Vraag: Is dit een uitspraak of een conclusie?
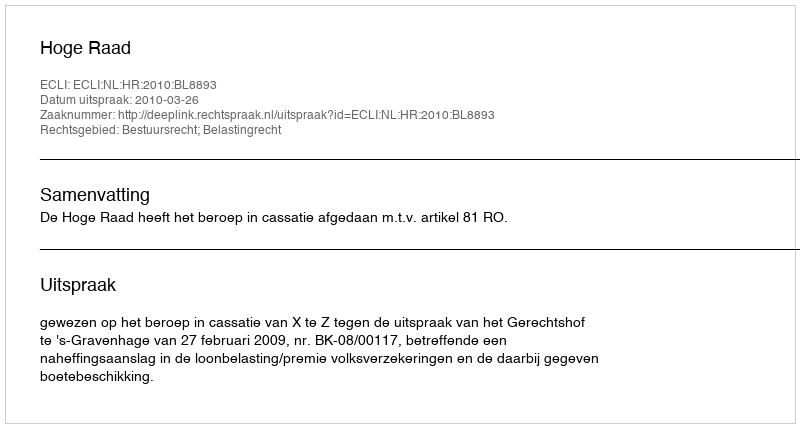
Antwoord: Uitspraak